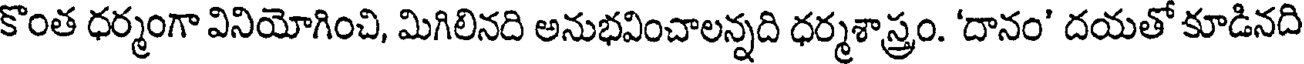
కొంత ధర్మంగా వినియోగించి, మిగిలినది అనుభవించాలన్నది ధర్మశాస్త్రం. 'దానం' దయతో కూడినది